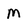
Character: m